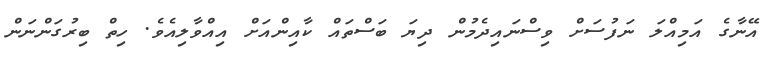
އޭނާގެ އަމިއްލަ ނަފުސަށް ވިސްނައިދެމުން ދިޔަ ބަސްތައް ކާއިންއަށް އިއްވާލިއެވެ. ހިތް ބިރުގަންނަން